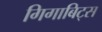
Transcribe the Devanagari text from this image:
गिगाबिट्स